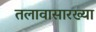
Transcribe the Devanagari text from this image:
तलावासारख्या